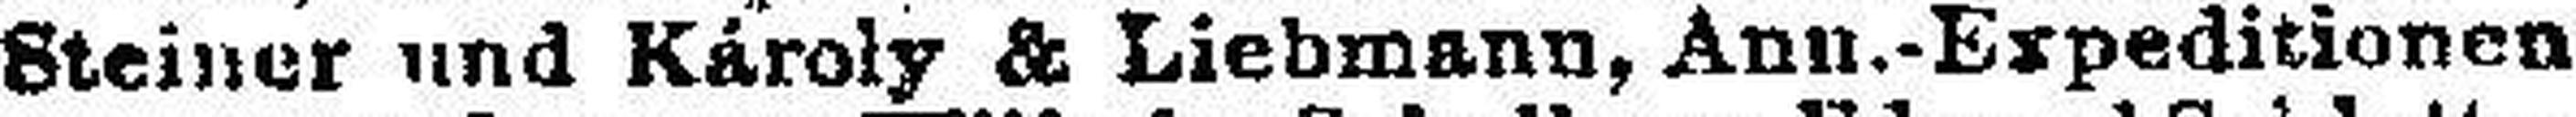
Steiner und Károly & Liebmann, Ann.-Expeditionen